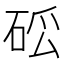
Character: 𥒗